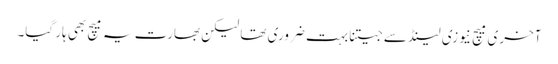
آخری میچ نیوزی لینڈ سے جیتنا بہت ضروری تھا لیکن بھارت یہ میچ بھی ہار گیا۔